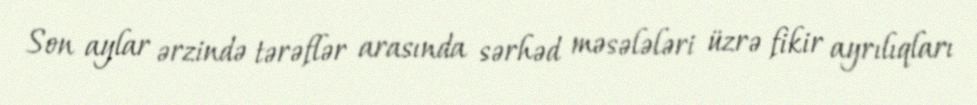
Son aylar ərzində tərəflər arasında sərhəd məsələləri üzrə fikir ayrılıqları